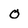
Character: O